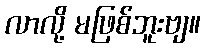
လာလို့ မဖြစ်ဘူးဗျ။